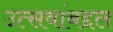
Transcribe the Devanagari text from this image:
उत्सवांबद्दल